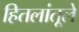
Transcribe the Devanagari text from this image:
हितलांतूले